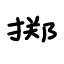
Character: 掷